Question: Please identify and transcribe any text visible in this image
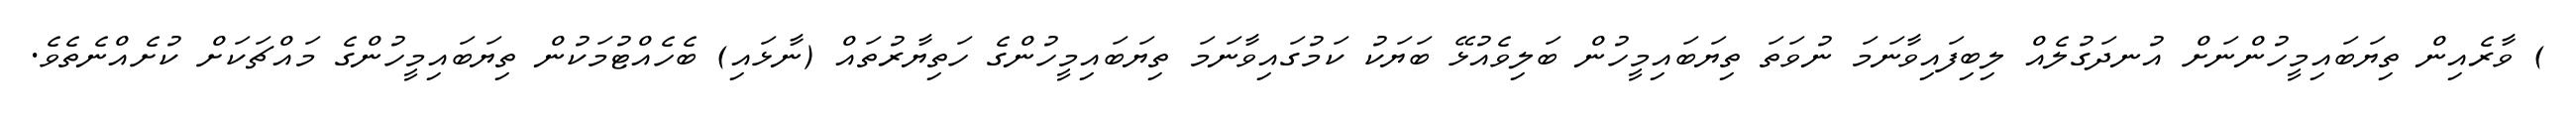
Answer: ) ވާރެއިން ތިޔަބައިމީހުންނަށް އުނދަގުލެއް ލިބިފައިވާނަމަ ނުވަތަ ތިޔަބައިމީހުން ބަލިވެއުޅޭ ބަޔަކު ކަމުގައިވާނަމަ ތިޔަބައިމީހުންގެ ހަތިޔާރުތައް (ނާޅައި) ބެހެއްޓުމަކުން ތިޔަބައިމީހުންގެ މައްޗަކަށް ކުށެއްނެތެވެ.